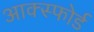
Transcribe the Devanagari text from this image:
आक्स्फोर्ड